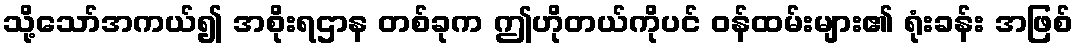
သို့သော်အကယ်၍ အစိုးရဌာန တစ်ခုက ဤဟိုတယ်ကိုပင် ဝန်ထမ်းများ၏ ရုံးခန်း အဖြစ်